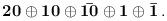
LaTeX: \begin{align*}\bf 20\oplus 10\oplus\bar{10}\oplus 1\oplus\bar{1}\,.\end{align*}